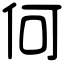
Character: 何